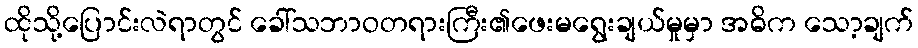
ထိုသို့ပြောင်းလဲရာတွင် ခေါ်သဘာဝတရားကြီး၏ဖေးမရွေးချယ်မှုမှာ အဓိက သော့ချက်